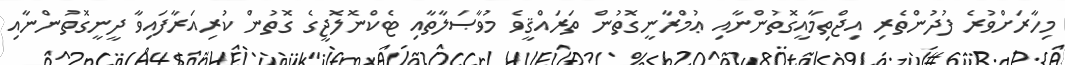
މިހާރަށްވުރެ ފުދުންތެރި އިޖްތިމާއީގޮތުންނާއި ޢުމްރާނީގޮތުން ތަރައްޤީވެ މުވާޞަލާތާއި ޓެކްނޮލޮޖީގެ ގޮތުން ކުރިއަރާފައިވާ ދީނީގޮތުންނާއި